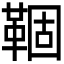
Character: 𬰦